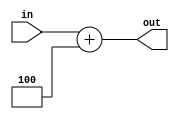
`timescale 1ns / 1ps
//////////////////////////////////////////////////////////////////////////////////
// Company: 
// Engineer: 
// 
// Design Name: 
// Module Name:    ADD4 
// Project Name: 
// Target Devices: 
// Tool versions: 
// Description: 
//
// Dependencies: 
//
// Revision: 
// Revision 0.01 - File Created
// Additional Comments: 
//
//////////////////////////////////////////////////////////////////////////////////
module ADD4(input [31:0] in, output reg [31:0] out );
	
	always@(*)
	begin
	out = in + 32'b00000000000000000000000000000100; 	//Add 4
	end

endmodule